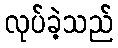
လုပ်ခဲ့သည်